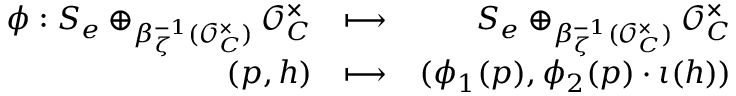
\begin{array} { r l r } { \phi : S _ { e } \oplus _ { \beta _ { \zeta } ^ { - 1 } ( \mathcal { O } _ { C } ^ { \times } ) } \mathcal { O } _ { C } ^ { \times } } & { \longmapsto } & { S _ { e } \oplus _ { \beta _ { \zeta } ^ { - 1 } ( \mathcal { O } _ { C } ^ { \times } ) } \mathcal { O } _ { C } ^ { \times } } \\ { ( p , h ) } & { \longmapsto } & { ( \phi _ { 1 } ( p ) , \phi _ { 2 } ( p ) \cdot \iota ( h ) ) } \end{array}